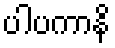
ပါပကာနိ